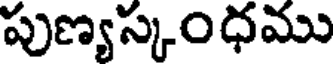
పుణ్యస్కంధము